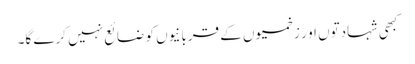
کبھی شہادتوں او ر زخمیوں کے قربانیوں کو ضائع نہیں کرے گا۔